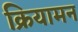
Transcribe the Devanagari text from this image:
क्रियामन